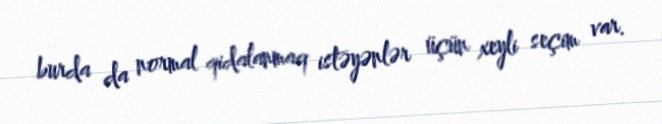
burda da normal qidalanmaq istəyənlər üçün xeyli seçim var.